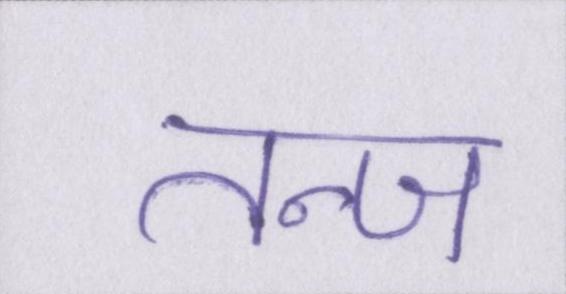
तन्ज